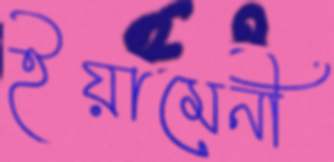
ইয়ামেনী